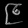
Digit: ၉